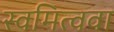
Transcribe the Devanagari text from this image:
स्वमित्ववा